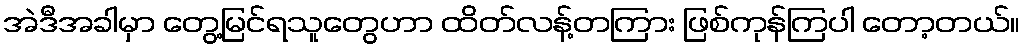
အဲဒီအခါမှာ တွေ့မြင်ရသူတွေဟာ ထိတ်လန့်တကြား ဖြစ်ကုန်ကြပါ တော့တယ်။